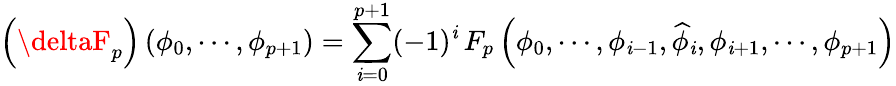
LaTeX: \left(\deltaF_{p}\right)\left(\phi_{0},\cdots,\phi_{p+1}\right)=\sum_{\mathit{i}=0}^{p+1}(-1)^{\mathit{i}}\, F_{p}\left(\phi_{0},\cdots,\phi_{\mathit{i}-1},\widehat{{\phi}}_{\mathit{i}},\phi_{\mathit{i}+1},\cdots,\phi_{p+1}\right)